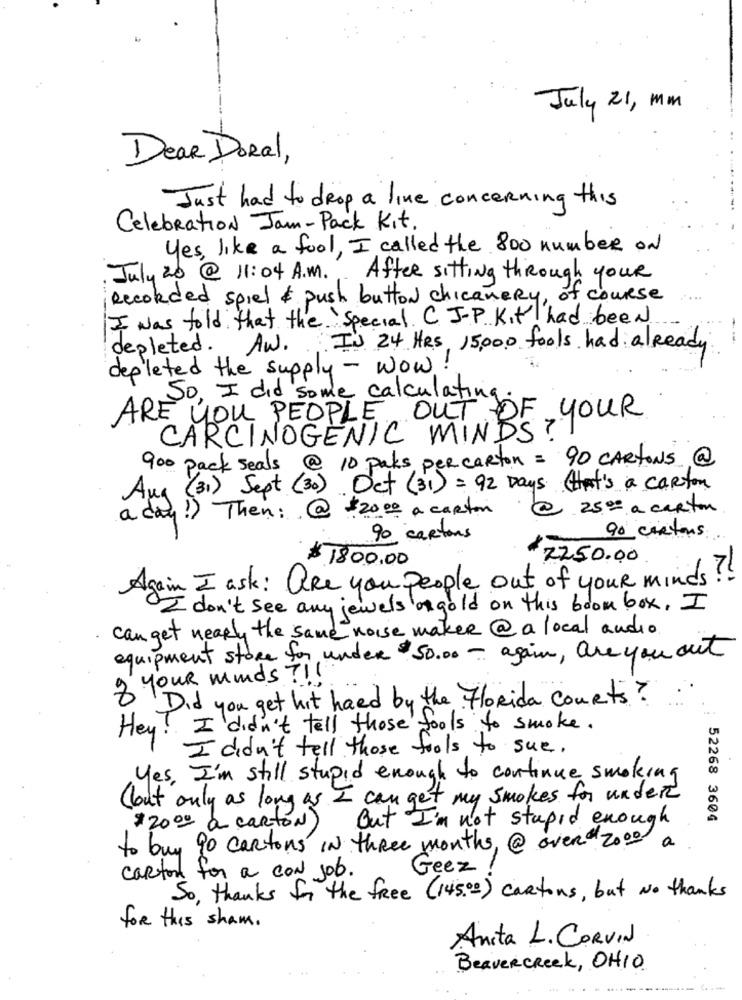
July 21, mm
Dear DORal,
Just had to drop a line concerning this
Celebration Jam- Pack Kit.
yes, like a fool, I called the 800 number ON
July 20 @ 11:04 A.M. After sitting through your
Recorded spiel & push button chicaneRy, of course
I was told that the Special. C. J.P. Kit had been
depleted. AW. I's 24 HRS, 15,000 fools had already
depleted the supply - wow!
So, I did some calculating
ARE YOU PEOPLE OUT OF YOUR
CARCINOGENIC MINDS ?
900 pack seals @ 10 paks per carton = 90 CARTONS @
Aux (31) Sept (30) Oct (31) = 92 Days that's a carton
!) Then : @ $20.00 a carton
@ 25.00 a carton
a day
90 cartons
90 cartons
$ 1800.00
#2250.00
Again I ask: are you people out of your minds ?!
I don't see any jewels or gold on this boom box, I
can get nearly the same noise maker @a local audio
equipment store for under $50.00 - again, are you out
8 your minds !!
Did you get hit haed by the FloRida courts?
Hey! I didn't tell those tools to smoke.
I didn't tell those tools to sue.
yes, I'm still stupid enough to continue smoking
( but only as long as I can get my smokes for under
But I'm not stupid enough
52268 3604
$20.00 & carton)
to buy go cartons IN three months, @ over 2000 a
Geez
carton for a CON job.
So, thanks for the free (145.02) cartons, but No thanks
for this sham .
Anita L. CORVIN
Beavercreek, OHIO